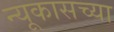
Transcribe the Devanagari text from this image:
न्यूकासच्या